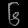
Digit: ၆